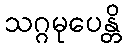
သဂ္ဂမုပေန္တိ